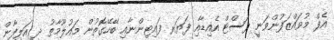
އެފް މުވައްޒަފުންވަނީ ފަސްޓް އެއިޑާއި ފަޔަރ ފައިޓިންނާއި ބޭހޭގޮތުން މައުލޫމާތު ދީ އަލިފާން